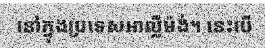
នៅក្នុងប្រទេសអាល្លឺម៉ង់។ នេះបើ